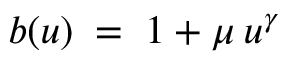
b ( u ) \; = \; 1 + \mu \: u ^ { \gamma }